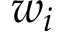
w _ { i }